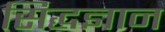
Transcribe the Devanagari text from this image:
सिद्धज्ञान